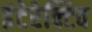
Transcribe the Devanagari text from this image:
इंटेरेक्टिव